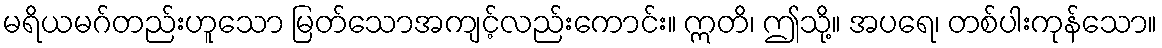
မရိယမဂ်တည်းဟူသော မြတ်သောအကျင့်လည်းကောင်း။ ဣတိ၊ ဤသို့။ အပရေ၊ တစ်ပါးကုန်သော။